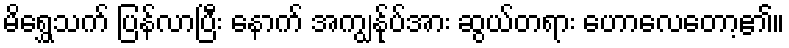
မိရွှေသက် ပြန်လာပြီး နောက် အကျွန်ုပ်အား ဆွယ်တရား ဟောလေတော့၏။